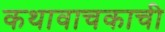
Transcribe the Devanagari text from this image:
कथावाचकाची